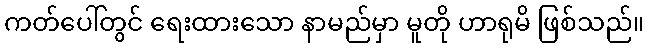
ကတ်ပေါ်တွင် ရေးထားသော နာမည်မှာ မူတို ဟာရုမိ ဖြစ်သည်။